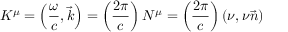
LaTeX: K ^ { \mu } = \left( { \frac { \omega } { c } } , { \vec { k } } \right) = \left( { \frac { 2 \pi } { c } } \right) N ^ { \mu } = \left( { \frac { 2 \pi } { c } } \right) ( \nu , \nu { \vec { n } } )